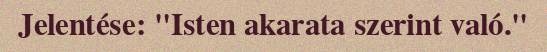
Jelentése: "Isten akarata szerint való."